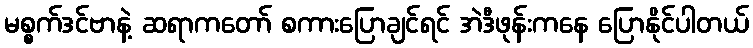
မစ္စက်ဒင်ဗာနဲ့ ဆရာကတော် စကားပြောချင်ရင် အဲဒီဖုန်းကနေ ပြောနိုင်ပါတယ်